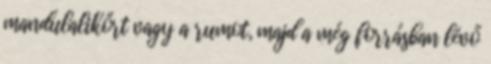
mandulalikőrt vagy a rumot, majd a még forrásban lévő